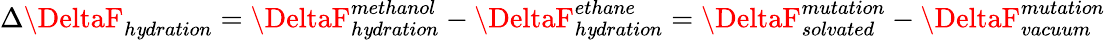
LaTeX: \Delta\DeltaF_{h\mathit{y}dration}=\DeltaF_{h\mathit{y}dration}^{methanol}-\DeltaF_{h\mathit{y}dration}^{ethane}=\DeltaF_{solvated}^{mutation}-\DeltaF_{vacuum}^{mutation}